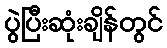
ပွဲပြီးဆုံးချိန်တွင်